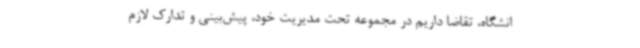
انشگاه، تقاضا داریم در مجموعه تحت مدیریت خود، پیش‌بینی و تدارک لازم